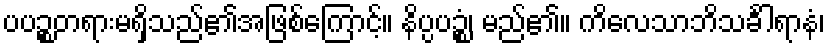
ပပဉ္စတရားမရှိသည်၏အဖြစ်ကြောင့်။ နိပ္ပပဉ္စံ၊ မည်၏။ ကိလေသာဘိသင်္ခါရာနံ၊